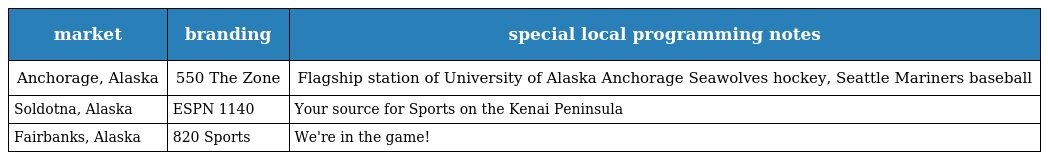
| market | branding | special local programming notes |
 | --- | --- | --- |
 | Anchorage, Alaska | 550 The Zone | Flagship station of University of Alaska Anchorage Seawolves hockey, Seattle Mariners baseball |
 | Soldotna, Alaska | ESPN 1140 | Your source for Sports on the Kenai Peninsula |
 | Fairbanks, Alaska | 820 Sports | We're in the game! |